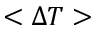
< \Delta T >